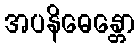
အပနိဓေန္တော